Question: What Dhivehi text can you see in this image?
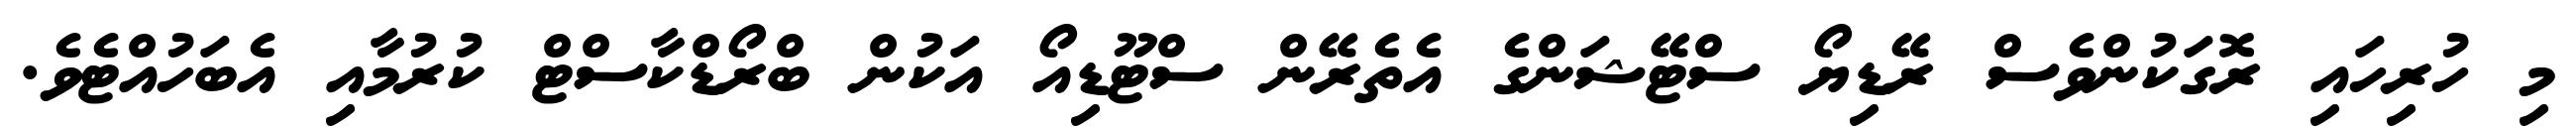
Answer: މި ހުރިހައި ރޮގަކުންވެސް ރޭޑިޔޯ ސްޓޭޝަންގެ އެތެރޭން ސްޓޫޑިއޯ އަކުން ބްރޯޑްކާސްޓް ކުރުމާއި އެބަހުއްޓެވެ.